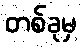
တစ်ခုမှ